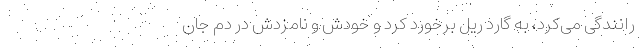
رانندگی می‌کرد، به گارد ریل برخورد کرد و خودش و نامزدش در دم جان